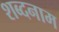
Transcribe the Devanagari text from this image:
शब्दनाम